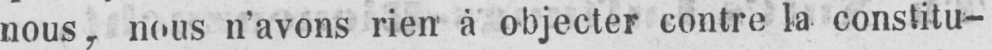
nous, nous n’avons rien à objecter contre la constitu-